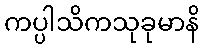
ကပ္ပါသိကသုခုမာနိ